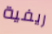
ريفية